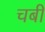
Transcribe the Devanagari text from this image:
चबी